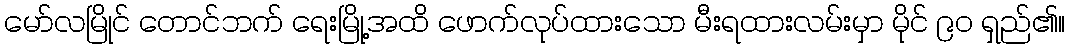
မော်လမြိုင် တောင်ဘက် ရေးမြို့အထိ ဖောက်လုပ်ထားသော မီးရထားလမ်းမှာ မိုင် ၉၀ ရှည်၏။